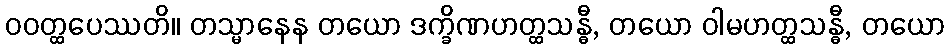
ဝဝတ္ထပေဿတိ။ တသ္မာနေန တယော ဒက္ခိဏဟတ္ထသန္ဓီ, တယော ဝါမဟတ္ထသန္ဓီ, တယော